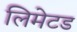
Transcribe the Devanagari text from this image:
लिमेटड